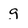
Character: g